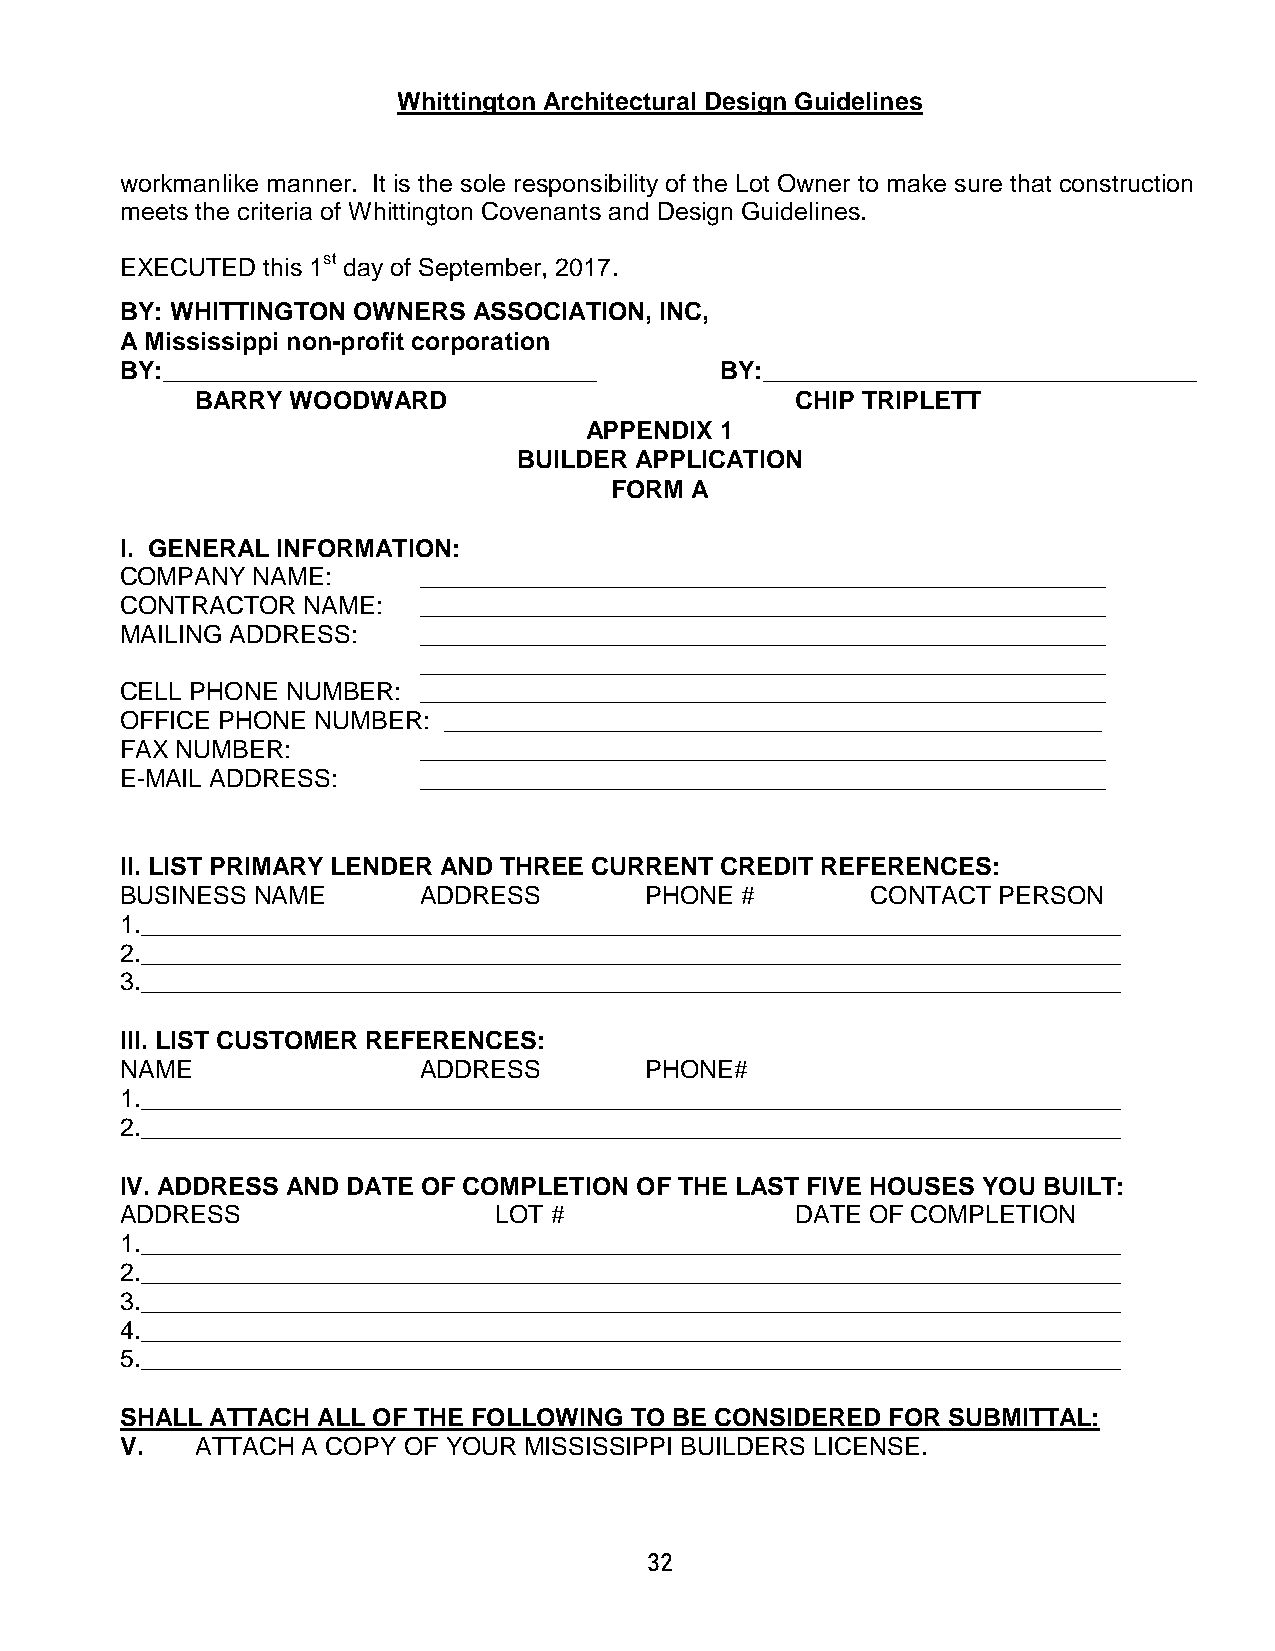
Whittington Architectural Design Guidelines
 workmanlike manner. It is the sole responsibility of the Lot Owner to make sure that construction
 meets the criteria of Whittington Covenants and Design Guidelines.
 EXECUTED this 1st day of September, 2017.
 BY: WHITTINGTON OWNERS ASSOCIATION, INC,
 A Mississippi non-profit corporation
 BY:_______________________________      BY:_______________________________
 BARRY WOODWARD                          CHIP TRIPLETT
 APPENDIX 1
 BUILDER APPLICATION
 FORM  A
 I. GENERAL INFORMATION:
 COMPANY  NAME:      _________________________________________________
 CONTRACTOR  NAME:   _________________________________________________
 MAILING ADDRESS:    _________________________________________________
 _________________________________________________
 CELL PHONE NUMBER:  _________________________________________________
 OFFICE PHONE NUMBER: _______________________________________________
 FAX NUMBER:         _________________________________________________
 E-MAIL ADDRESS:     _________________________________________________
 II. LIST PRIMARY LENDER AND THREE CURRENT CREDIT REFERENCES:
 BUSINESS NAME       ADDRESS        PHONE #        CONTACT PERSON
 1.______________________________________________________________________
 2.______________________________________________________________________
 3.______________________________________________________________________
 III. LIST CUSTOMER REFERENCES:
 NAME                ADDRESS        PHONE#
 1.______________________________________________________________________
 2.______________________________________________________________________
 IV. ADDRESS AND DATE OF COMPLETION OF THE LAST FIVE HOUSES YOU BUILT:
 ADDRESS                  LOT #               DATE OF COMPLETION
 1.______________________________________________________________________
 2.______________________________________________________________________
 3.______________________________________________________________________
 4.______________________________________________________________________
 5.______________________________________________________________________
 SHALL ATTACH ALL OF THE FOLLOWING TO BE CONSIDERED FOR SUBMITTAL:
 V.   ATTACH A COPY OF YOUR MISSISSIPPI BUILDERS LICENSE.
 32